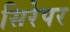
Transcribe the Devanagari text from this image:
सिरेपर